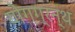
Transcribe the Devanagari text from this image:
योगग्रन्थ